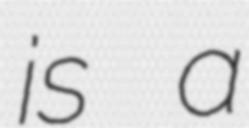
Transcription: is a